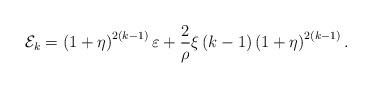
LaTeX: \begin{align*}\mathcal{E}_{k}=\left( 1+\eta \right) ^{2\left( k-1\right) }\varepsilon +\frac{2}{\rho }\xi \left( k-1\right) \left( 1+\eta \right) ^{2\left(k-1\right) }. \end{align*}